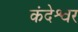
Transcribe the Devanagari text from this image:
कंदेश्वर